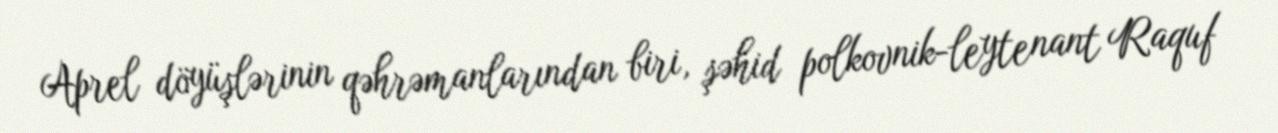
Aprel döyüşlərinin qəhrəmanlarından biri, şəhid polkovnik-leytenant Raquf